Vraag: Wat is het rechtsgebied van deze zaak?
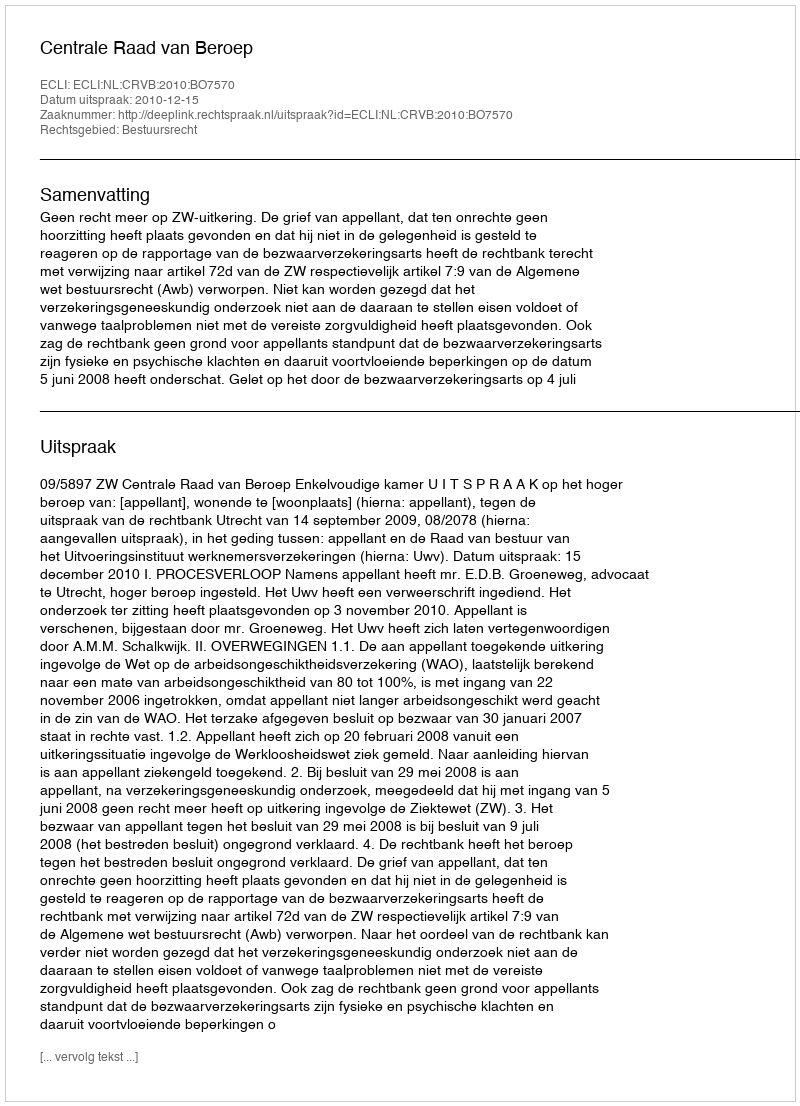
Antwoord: Bestuursrecht